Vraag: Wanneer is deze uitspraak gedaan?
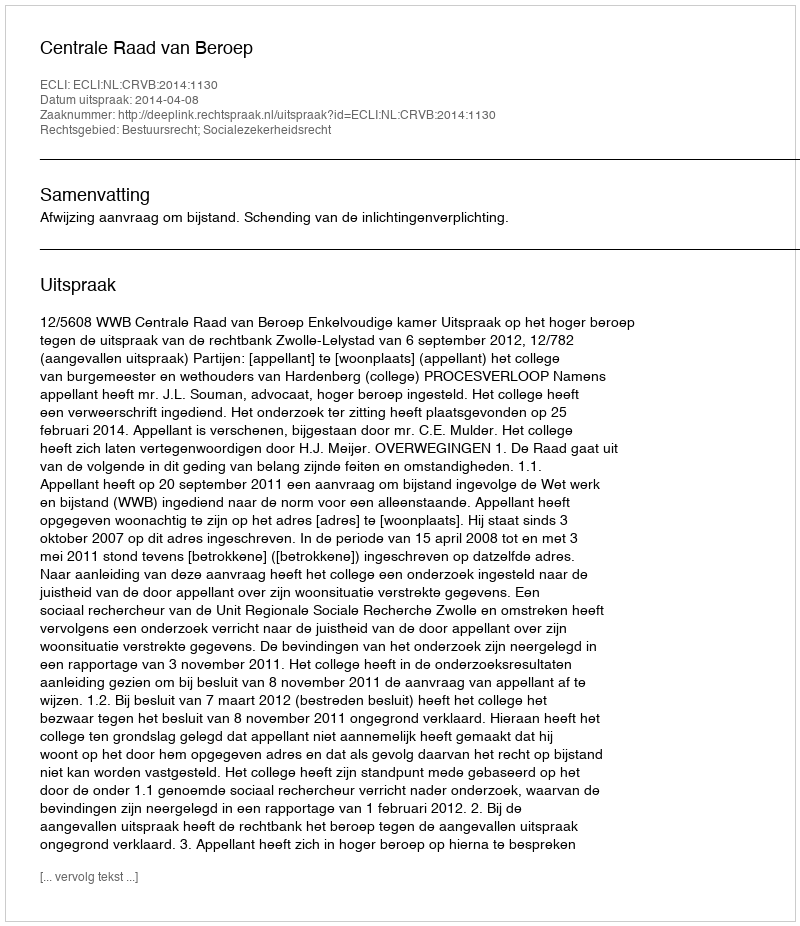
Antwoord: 2014-04-08